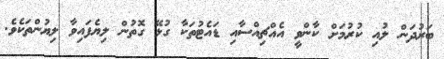
ބަރުދަން ލުއި ކުރުމަށް ކާންވީ އެއްޗިއްސާއި ޑައެޓުތަކާ ގުޅޭ ގޮތުން ލިޔެފައިވާ ލިޔުންތަކެވެ.